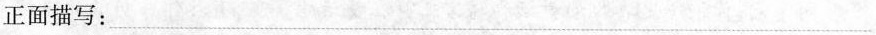
正面描写：___